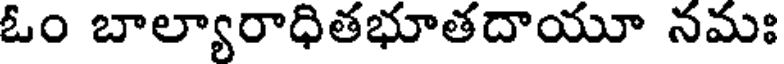
ఓం బాల్యారాధితభూతదాయూ నమః